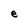
Character: e